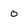
Character: o